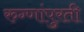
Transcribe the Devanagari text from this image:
रुग्णांपुरती